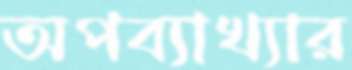
অপব্যাখ্যার